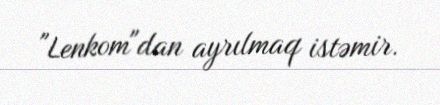
"Lenkom"dan ayrılmaq istəmir.